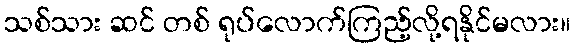
သစ်သား ဆင် တစ် ရုပ်လောက်ကြည့်လို့ရနိုင်မလား။